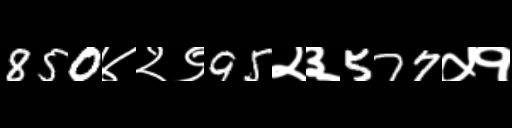
Text: 850४२९95२३577५१